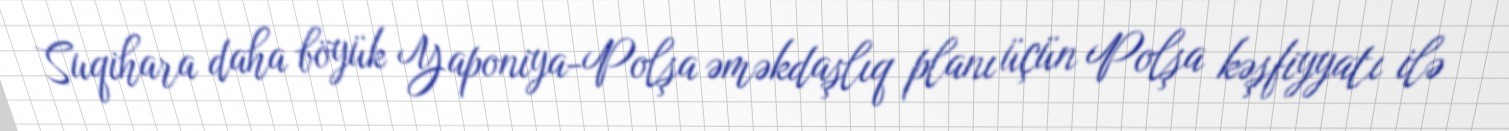
Suqihara daha böyük Yaponiya-Polşa əməkdaşlıq planı üçün Polşa kəşfiyyatı ilə